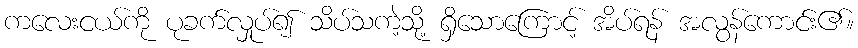
ကလေးငယ်ကို ပုခက်လှုပ်၍ သိပ်သကဲ့သို့ ရှိသောကြောင့် အိပ်ရန် အလွန်ကောင်း၏။